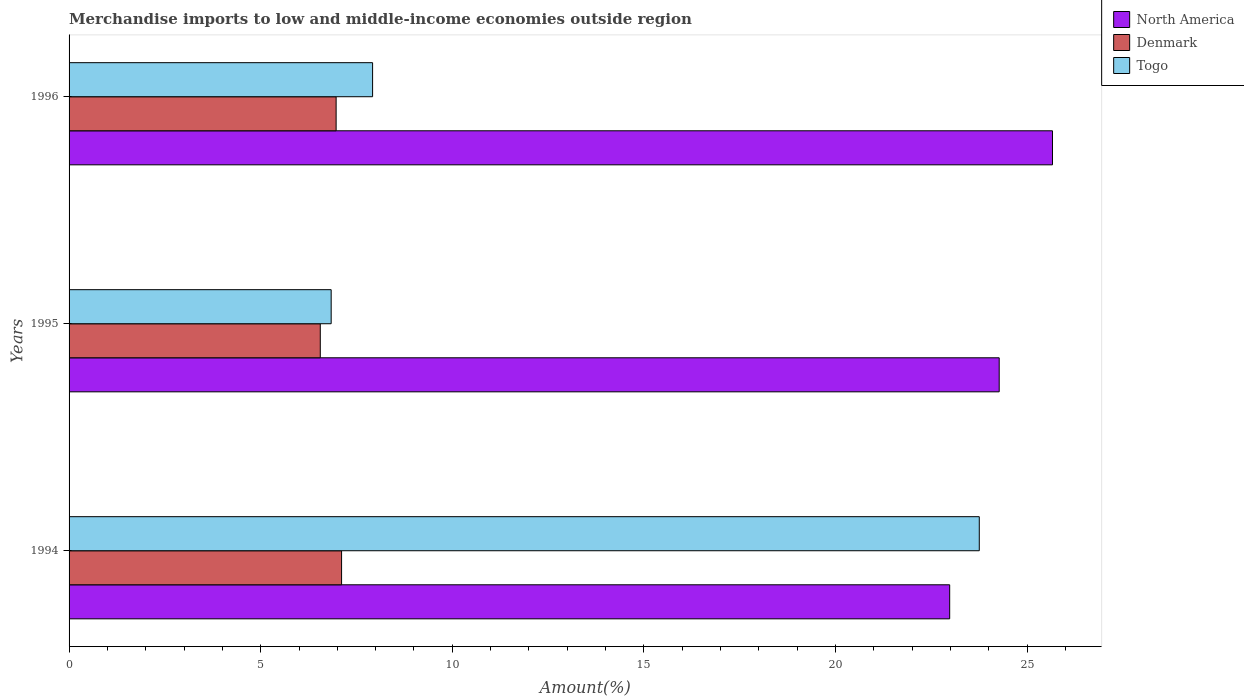
| Years | North America | Denmark | Togo |
 | --- | --- | --- | --- |
 | 1994 | 23 | 7.11 | 23.8 |
 | 1995 | 24.3 | 6.56 | 6.84 |
 | 1996 | 25.7 | 6.97 | 7.92 |